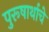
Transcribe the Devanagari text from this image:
पुरूषार्थाचे